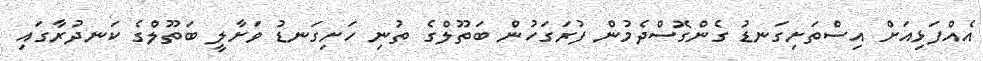
އެއްފަޅިއަށް އިސްތަށިިގަނޑު ގެންގޮސްދެމުން ފުރަގަހުން ބަތޫލްގެ ތުނި ހަށިގަނޑު ވަށާލީ ބަތޫލްގެ ކަނދުރާގައި